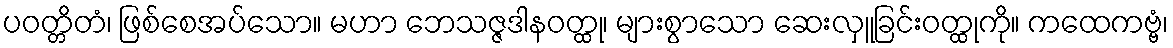
ပဝတ္တိတံ၊ ဖြစ်စေအပ်သော။ မဟာ ဘေသဇ္ဇဒါနဝတ္ထု၊ များစွာသော ဆေးလှူခြင်းဝတ္ထုကို။ ကထေကဗ္ဗံ၊